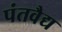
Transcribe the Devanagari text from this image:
पंतवैद्य